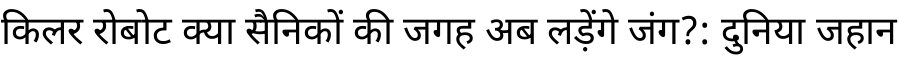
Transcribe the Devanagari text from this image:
किलर रोबोट क्या सैनिकों की जगह अब लड़ेंगे जंग?: दुनिया जहान